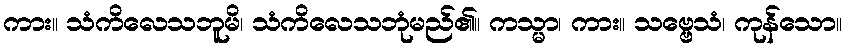
ကား။ သံကိလေသဘူမိ၊ သံကိလေသဘုံမည်၏။ ကသ္မာ၊ ကား။ သဗ္ဗေသံ၊ ကုန်သော။